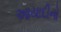
આયાદીનો